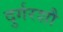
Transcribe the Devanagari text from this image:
दुर्गरशौ